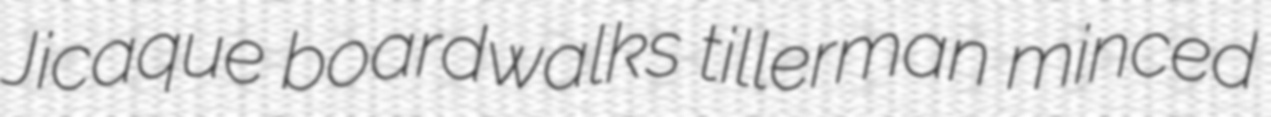
Jicaque boardwalks tillerman minced